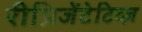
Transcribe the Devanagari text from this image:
रीप्रिजेंटेटिव्ज़